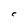
Character: C